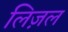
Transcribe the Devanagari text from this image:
लिज़ल